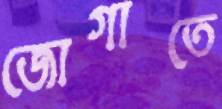
জোগাতে